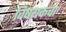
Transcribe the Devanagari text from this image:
विषयकचा